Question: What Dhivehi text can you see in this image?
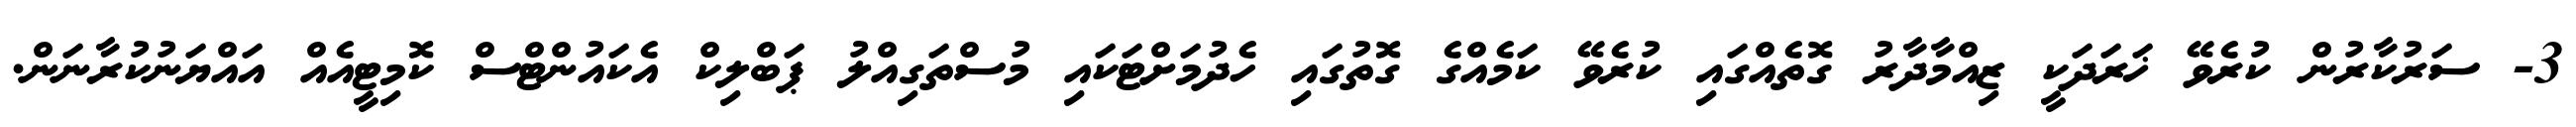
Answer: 3- ސަރުކާރުން ކުރެވޭ ޚަރަދަކީ ޒިއްމާދާރު ގޮތެއްގައި ކުރެވޭ ކަމެއްގެ ގޮތުގައި ހެދުމަށްޓަކައި މުސްތަގިއްލު ޕަބްލިކް އެކައުންޓްސް ކޮމިޓީއެއް އައްޔަނުކުރާނަން.